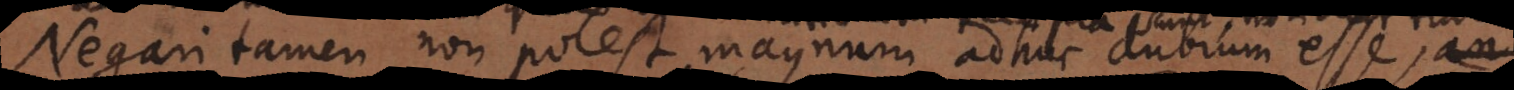
Negari tamen non potest magnum adhuc dubium esse, an